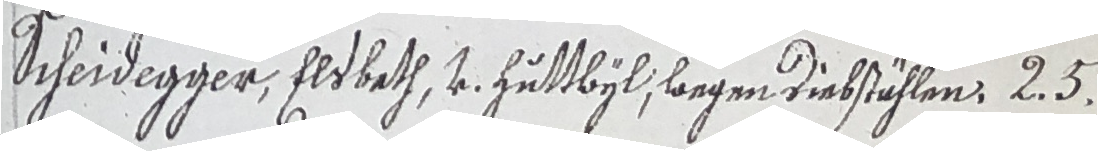
Scheidegger, Eldbeth, v. Zuttbyl, wegen diestählen: 2 3.